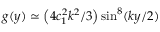
g ( y ) \simeq \left( 4 c _ { 1 } ^ { 2 } k ^ { 2 } / 3 \right) \sin ^ { 8 } ( k y / 2 )